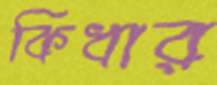
কিধার